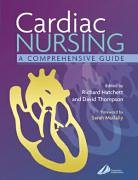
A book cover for Cardiac Nursing: A Comprehensive Guide, 1e; Richard Hatchett RN  PhD  MSc  BA(Hons); Medical Books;